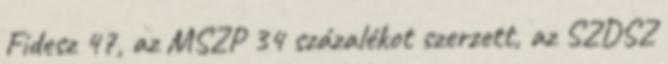
Fidesz 47, az MSZP 34 százalékot szerzett, az SZDSZ